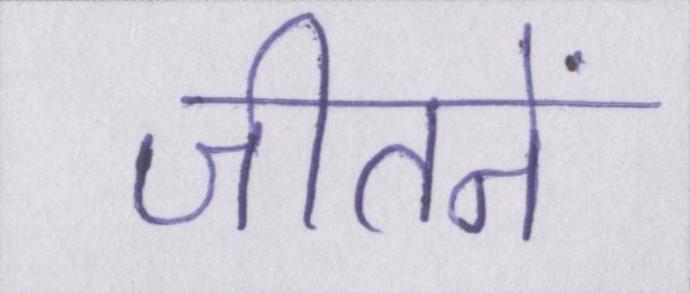
जीतनें